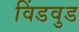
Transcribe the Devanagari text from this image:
विंडवुड